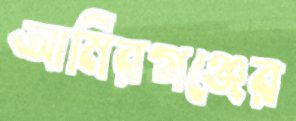
আমিরগঞ্জের